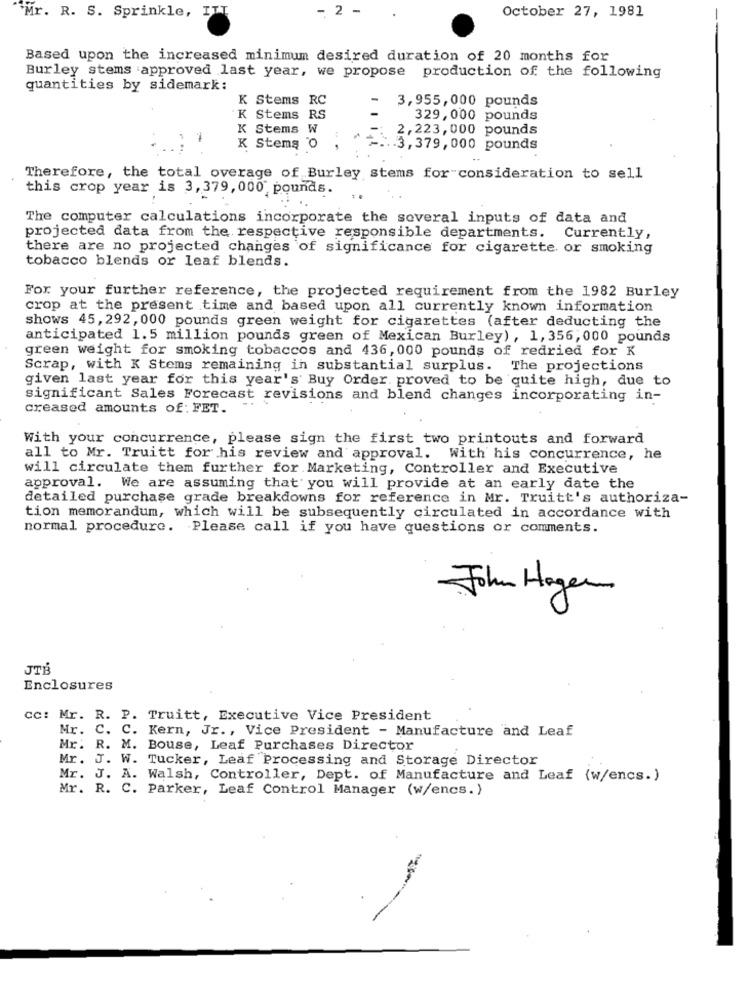
- 2 -
Mr. R. S. Sprinkle, ITT
October 27, 1981
Based upon the increased minimum desired duration of 20 months for
Burley stems approved last year, we propose production of the following
quantities by sidemark:
K Stems RC
3,955, 000 pounds
K Stems RS
329, 000 pounds
K Stems W
2,223,000 pounds
-
K Stems O
.. 3, 379, 000 pounds
Therefore, the total overage of Burley stems for consideration to sell
this crop year is 3, 379, 000 pounds.
The computer calculations incorporate the soveral inputs of data and
projected data from the respective responsible departments. Currently,
there are no projected changes of significance for cigarette. or smoking
tobacco blends or leaf blends.
For your further reference, the projected requirement from the 1982 Burley
crop at the present time and based upon all currently known information
shows 45, 292, 000 pounds green weight for cigarettes (after deducting the
anticipated 1.5 million pounds green of Mexican Burley), 1, 356,000 pounds
green weight for smoking tobaccos and 436, 000 pounds of redried for K
Scrap, with K Stems remaining in substantial surplus. The projections
given last year for this year's Buy Order. proved to be quite high, due to
significant Sales Forecast revisions and blend changes incorporating in-
creased amounts of: FET.
With your concurrence, please sign the first two printouts and forward
all to Mr. Truitt for his review and approval. With his concurrence, he
will circulate them further for Marketing, Controller and Executive
approval. We are assuming that you will provide at an early date the
detailed purchase grade breakdowns for reference in Mr. Truitt's authoriza-
tion memorandum, which will be subsequently circulated in accordance with
normal procedure. Please call if you have questions or comments.
John Hagen
JTB
Enclosures
cc: Mr. R. P.
Truitt, Executive Vice President
Mr.
C. C. Kern, Jr ., Vice President - Manufacture and Leaf
Mr. R. M. Bouse, Leaf Purchases Director
Mr. J. W. Tucker, Leaf Processing and Storage Director
Mr. J. A. Walsh, Controller, Dept. of Manufacture and Leaf (w/encs.)
Mr. R. C. Parker, Leaf Control Manager (w/encs. )